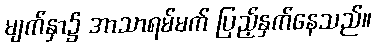
မျက်နှာ၌ အာသာရမ်မက် ပြည့်နှက်နေသည်။